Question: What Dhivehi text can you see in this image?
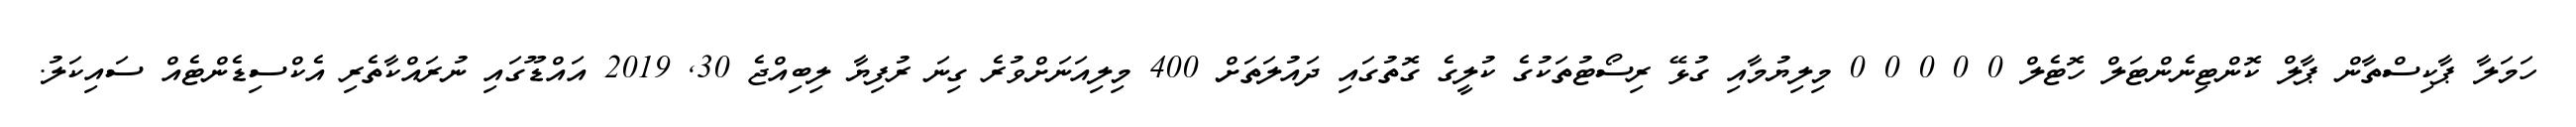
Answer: ހަމަލާ ޕާކިސްތާން ޕާލް ކޮންޓިނެންޓަލް ހޮޓެލް 0 0 0 0 0 މިލިޔުމާއި ގުޅޭ ރިސޯޓުތަކުގެ ކުލީގެ ގޮތުގައި ދައުލަތަށް 400 މިލިއަނަށްވުރެ ގިނަ ރުފިޔާ ލިބިއްޖެ 30, 2019 އައްޑޫގައި ނުރައްކާތެރި އެކްސިޑެންޓެއް ސައިކަލު.